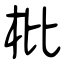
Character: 枇